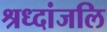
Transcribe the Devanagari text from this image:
श्रध्दांजलि